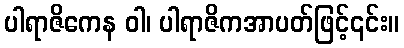
ပါရာဇိကေန ဝါ၊ ပါရာဇိကအာပတ်ဖြင့်၎င်း။